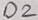
Text: D2